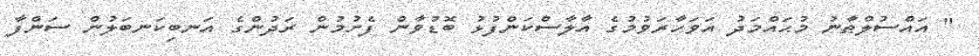
" އައްސުލްޠާނު މުޙައްމަދު އަވަހާރަވުމުގެ އާލާސްކަންފުޅު ބޮޑުވާން ފެށުމުން ރަދުންގެ އަނބިކަނބަލުން ސަންފާ